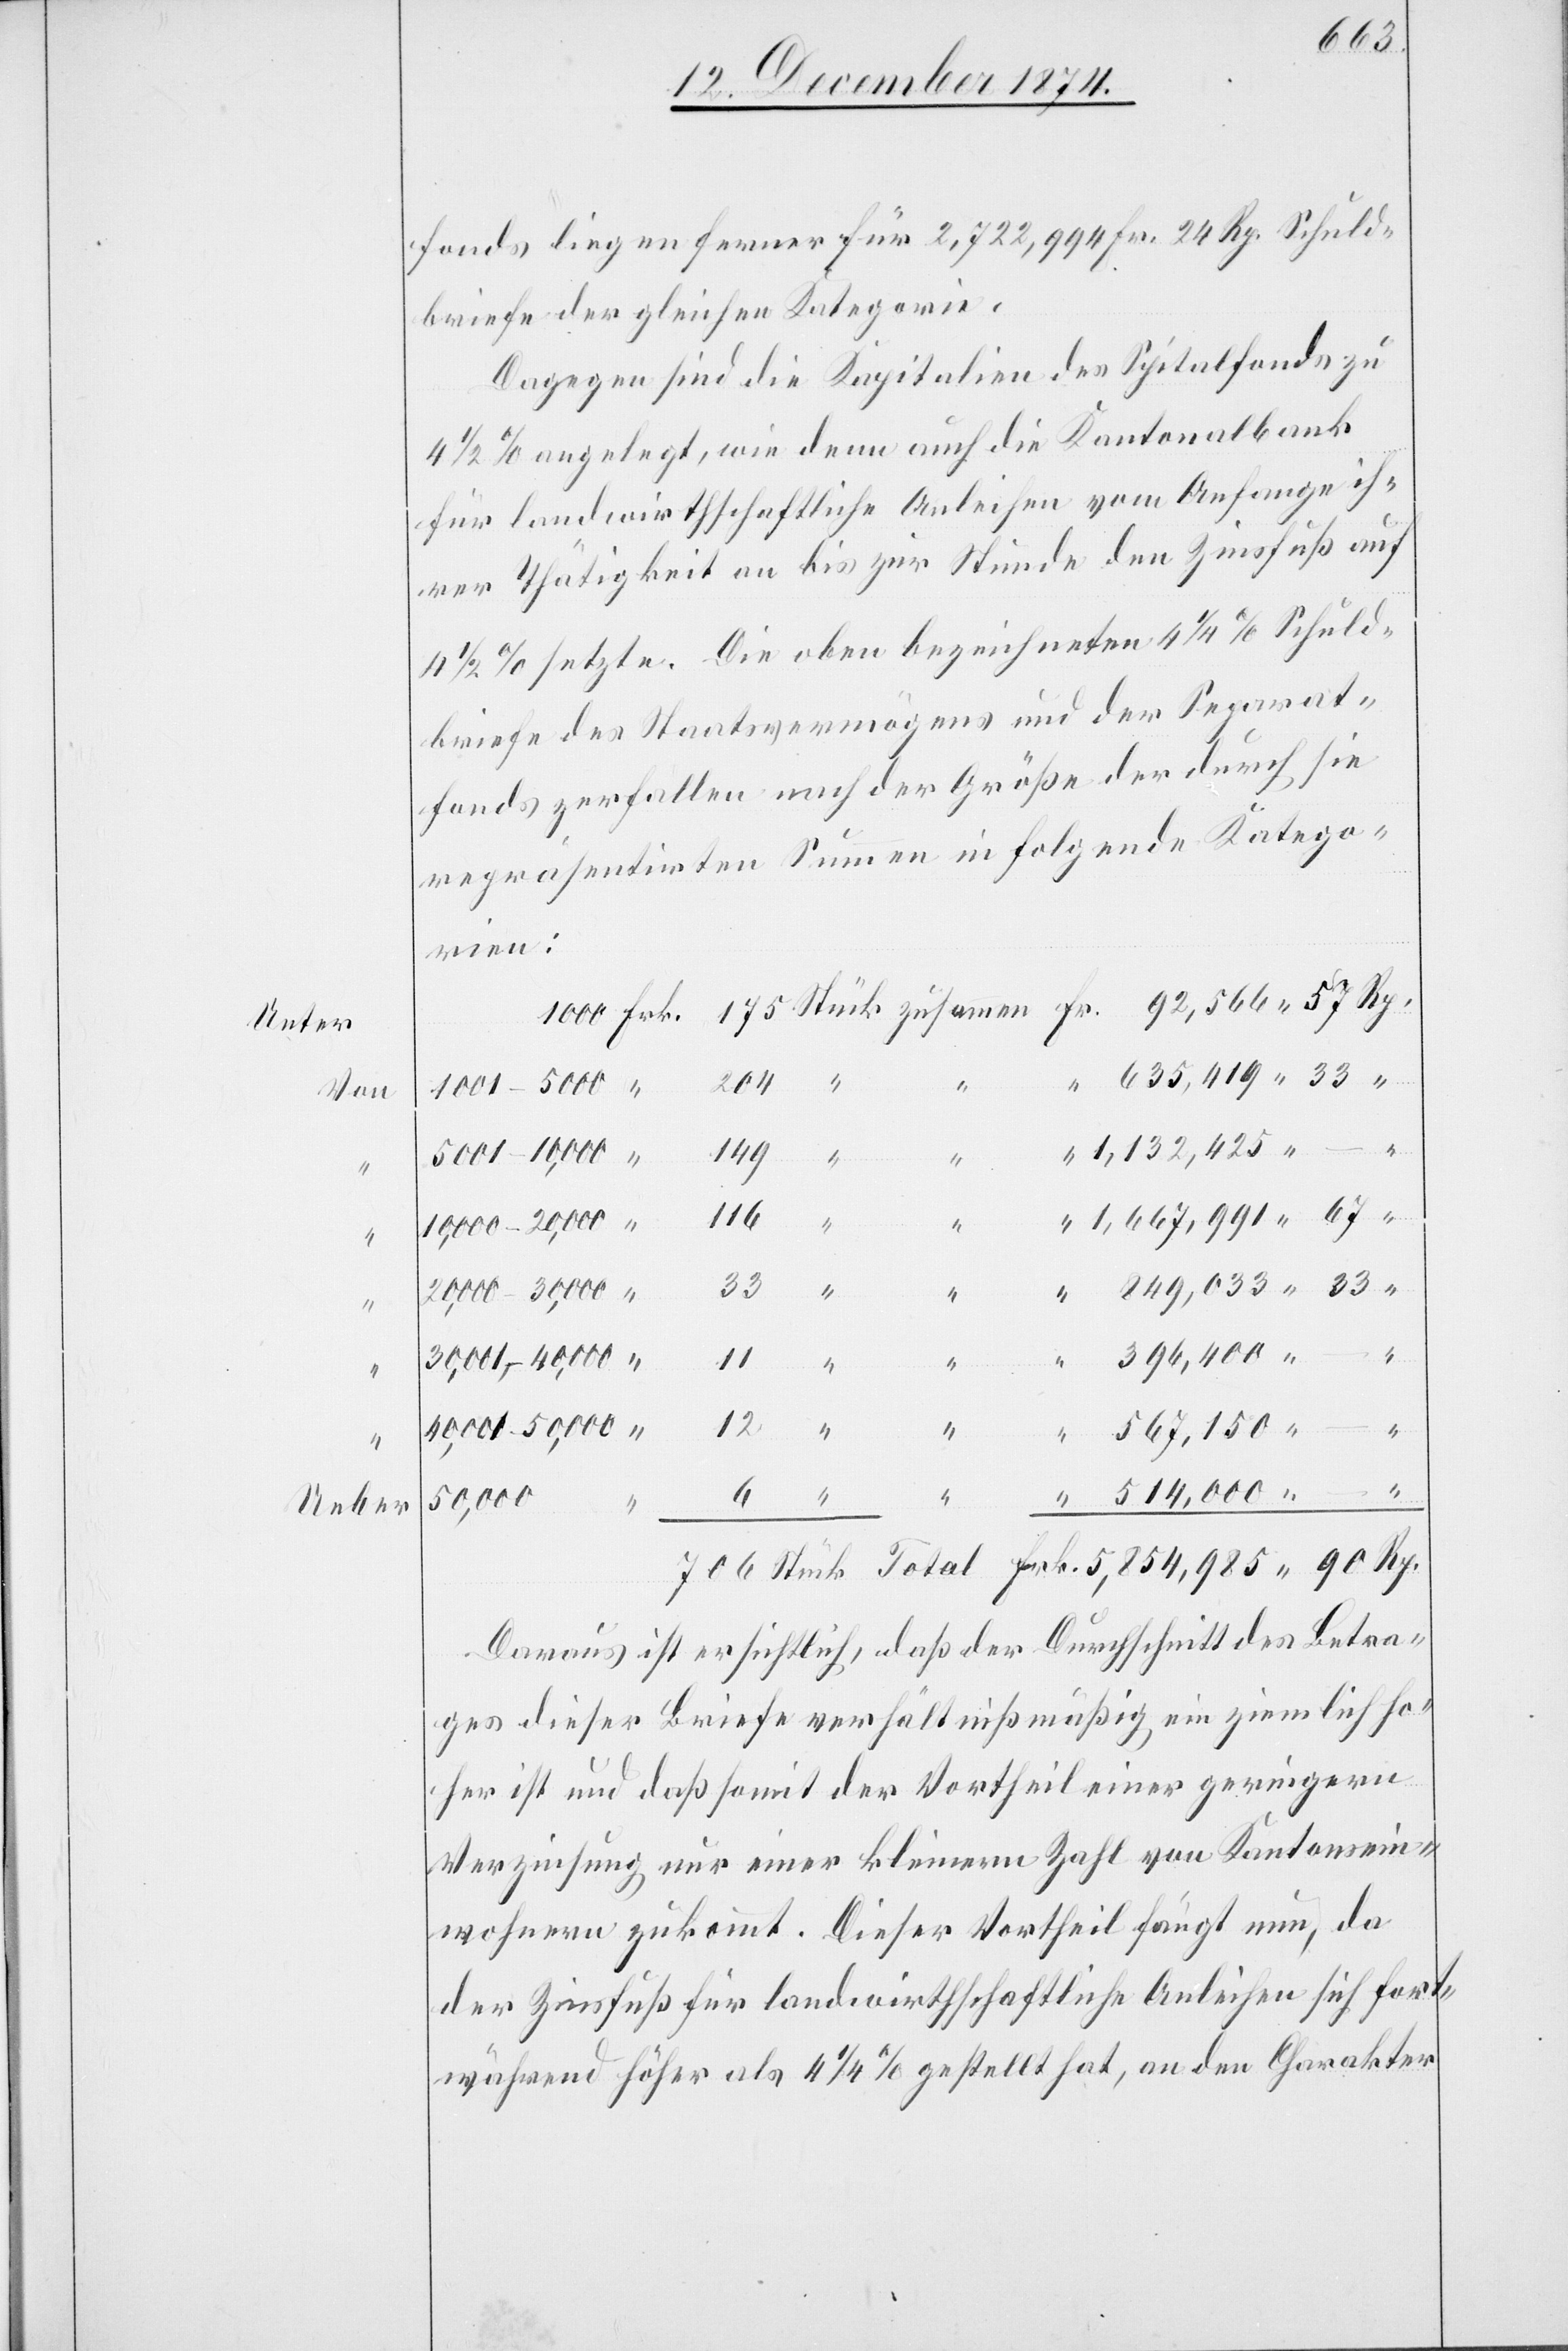
Unter
von
11
Ueber

fonds liegen ferner für 2,722,994 Fr. 24 Rp. Schuld¬
briefe der gleichen Kategorie.
Dagegen sind die Kapitalien des Spitalfonds zu
4 1/2% angelegt, wie denn auch die Kantonalbank
für landwirthschaftliche Anleihen vom Anfange ih¬
rer Thätigkeit an bis zur Stunde den Zinsfuß auf
4 1/2% setzte. Die oben bezeichneten 4 1/2% Schuld¬
briefe des Staatsvermögens und der Separat¬
fonds zerfallen nach der Größe der durch sie
repräsentirten Summen in folgende Katego¬
rien:
204
1,132,425.
149
116
1,667,991.
zusammen
Rp.
33
5,854,985.
“
Daraus ist ersichtlich, daß der Durchschnitt des Betra¬
ges dieser Briefe verhältnißmäßig ein ziemlich ho¬
her ist und daß somit der Vortheil einer geringern
Verzinsung nur einer kleinen Zahl von Kantonsein¬
wohnern zukommt. Dieser Vortheil fängt nun, da
der Zinsfuß für landwirthschaftliche Anleihen sich fort¬
während höher als 4 1/2% gestellt hat, an[,] den Charakter